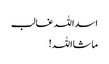
اسداللہ غالب
ماشااللہ!